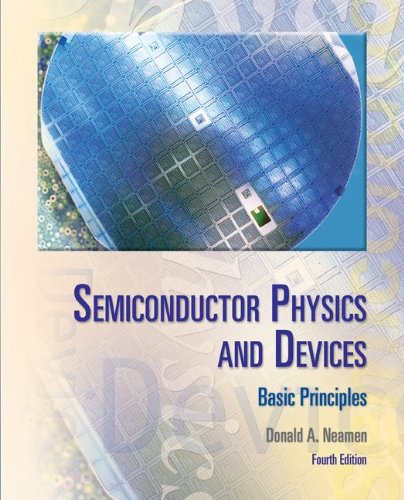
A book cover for Semiconductor Physics And Devices: Basic Principles; Donald A. Neamen; Science & Math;